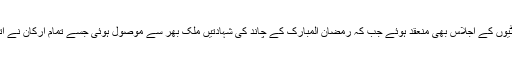
مرکزی رویت ہلال کمیٹی کے علاوہ ملک بھر میں ضلعی اور زونل کمیٹیوں کے اجلاس بھی منعقد ہوئے جب کہ رمضان المبارک کے چاند کی شہادتیں ملک بھر سے موصول ہوئی جسے تمام ارکان نے اتفاق رائے سے قبول کیا جس کے بعد 1439 ہجری کا آج پہلا روزہ ہے۔